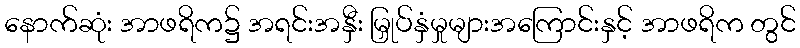
နောက်ဆုံး အာဖရိက၌ အရင်းအနှီး မြှုပ်နှံမှုများအကြောင်းနှင့် အာဖရိက တွင်